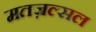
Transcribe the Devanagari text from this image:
मतज़ल्सल